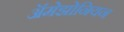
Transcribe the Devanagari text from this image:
ॲमेझोनियन